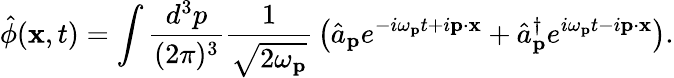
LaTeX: {\hat{\phi}}(\mathbf{x},t)=\int{\frac{d^{3}p}{(2\pi)^{3}}}{\frac{1}{\sqrt{2\omega_{\mathbf{p}}}}}\left({\hat{a}}_{\mathbf{p}}e^{-i\omega_{\mathbf{p}}t+i\mathbf{p}\cdot\mathbf{x}}+{\hat{a}}_{\mathbf{p}}^{\dagger}e^{i\omega_{\mathbf{p}}t-i\mathbf{p}\cdot\mathbf{x}}\right).